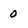
Character: 0